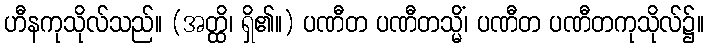
ဟီနကုသိုလ်သည်။ (အတ္ထိ၊ ရှိ၏။) ပဏီတ ပဏီတသ္မိံ၊ ပဏီတ ပဏီတကုသိုလ်၌။